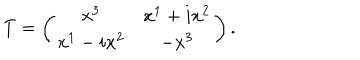
T = \left( \begin{matrix} { { x ^ { 3 } } } & { { x ^ { 1 } + i x ^ { 2 } } } \\ { { x ^ { 1 } - i x ^ { 2 } } } & { { - x ^ { 3 } } } \\ \end{matrix} \right) .